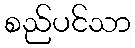
စည်ပင်သာ